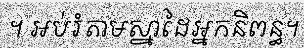
។ អប់រំតាមស្នាដៃអ្នកនិពន្ធ។